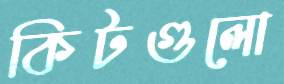
কিটগুলো